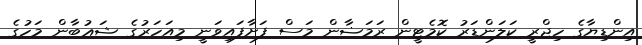
އިންޑިޔާގެ ހިޖްރީ ކަލަންޑަރު ކޮމެޓީން ރަމަޟާން މަސް ފަށާފައިވަނީ މިއަހަރުގެ ޝަޢުބާން މަހުގެ